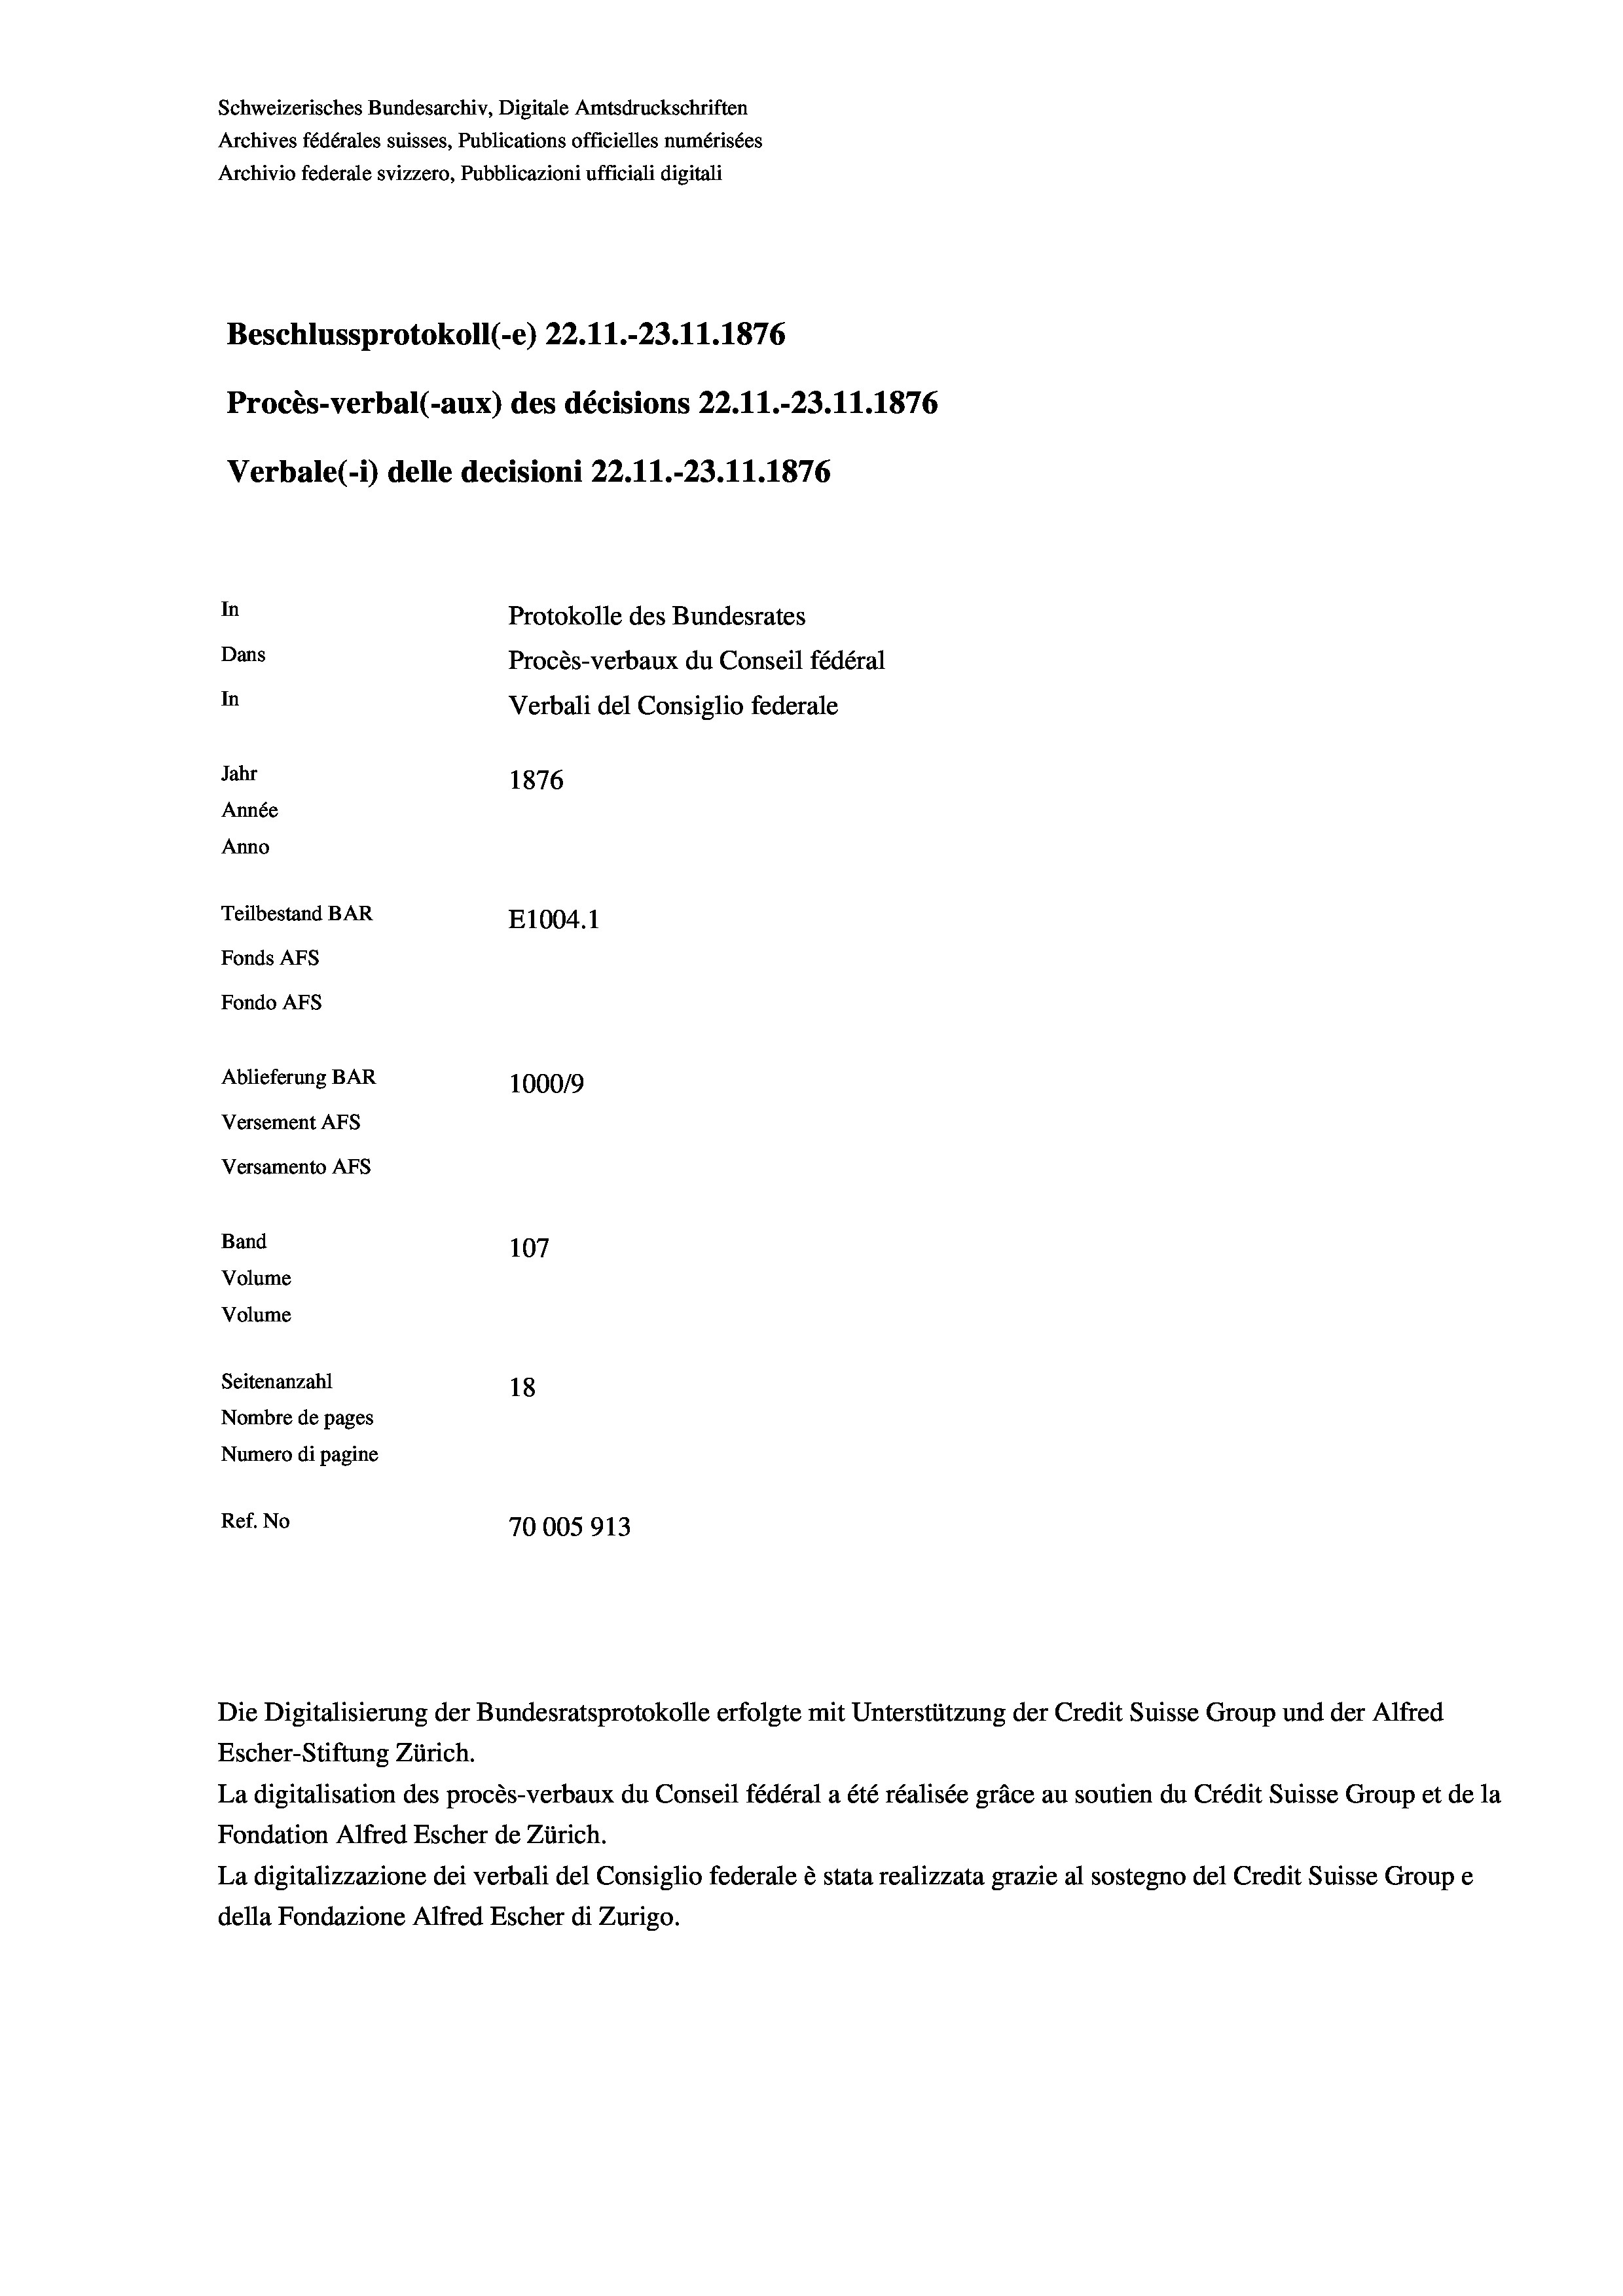
Schweizerisches Bundesarchiv, Digitale Amtsdruckschriften
Archives fédérales suisses, Publications officielles numérisées
Archivio federale svizzero, Pubblicazioni ufficiali digitali
Beschlussprotokoll (e) 22.11.-23. 11. 1876
Procès-verbal (-aux) des décisions 22.11.-23.11.1876
Verbale (- 1) delle decisioni 22.11.-23.11.1876
In
Protokolle des Bundesrates
Dans
Procès-verbaux du Conseil fédéral
In
Verbali del Consiglio federale
Jahr
1876
Année
Anno
Teilbestand BAR
E1004. 1
Fonds AFs
Fondo AFS
Ablieferung BAR
100019
Versement AFs
Versamento AFs
Band
107
Volume
Volume
Seitenanzahl
18
Nombre de pages
Numero di pagine
Ref. No
70005913

Escher-Stiftung Zürich.
La digitalisation des procès-verbaux du Conseil fédéral a été réalisée gräce au soutien du Crédit Suisse Group et de la
Fondation Alfred Escher de Zürich.
La digitalizzazione dei verbali del Consiglio federale è stata realizzata grazie al sostegno del Credit Suisse Groupe
della Fondazione Alfred Escher di Zurigo.

Die Digitalisierung der Bundesratsprotokolle erfolgte mit Unterstützung der Credit Suisse Group und der Alfred